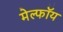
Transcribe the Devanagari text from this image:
मेल्फॉय